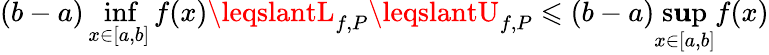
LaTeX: (b-a)\operatorname*{inf}_{x\in[a,b]}f(x)\leqslantL_{f,P}\leqslantU_{f,P}\leqslant(b-a)\operatorname*{s\mathbf{u}p}_{x\in[a,b]}f(x)